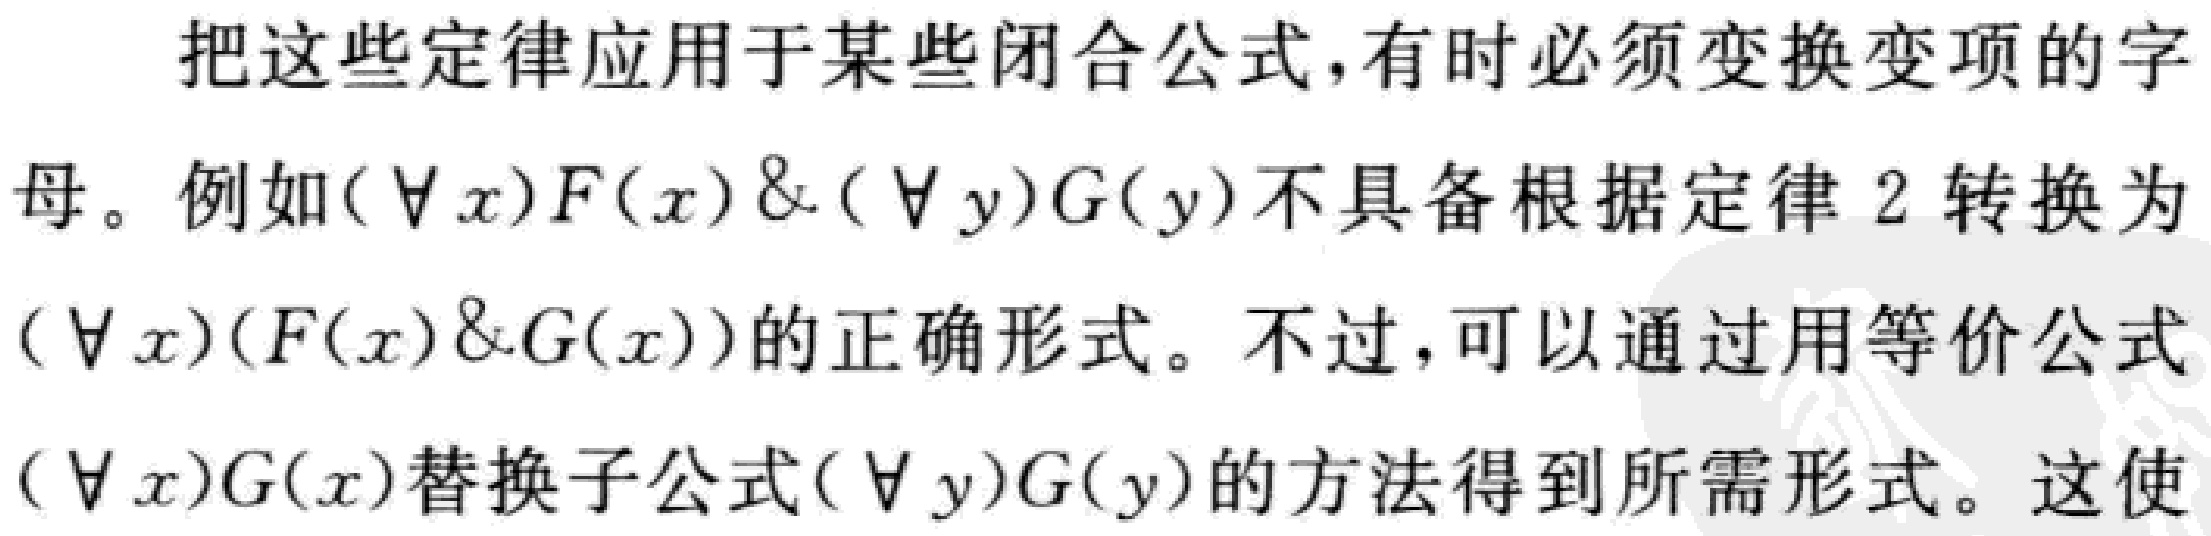
把这些定律应用于某些闭合公式, 有时必须变换变项的字母。例如$(\forall x)F(x)\&(\forall y)G(y)$不具备根据定律 2 转换为$(\forall x)(F(x)\&G(x))$的正确形式。不过, 可以通过用等价公式$(\forall x)G(x)$替换子公式$(\forall y)G(y)$的方法得到所需形式。这使